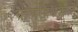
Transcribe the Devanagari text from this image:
कलापथकांत